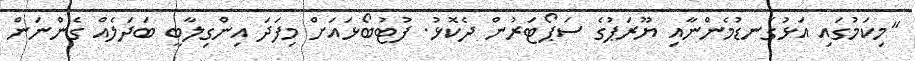
"މިކަމުގައި އަޅުގަނޑުމެންނާއި ޔޫރަޕުގެ ސަޕޯޓަރުން ދެކޮޅު. ފުޓުބޯޅައަށް މިފަދަ އިންގިލާބީ ބަދަލެއް ގެންނަން